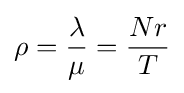
\rho ={\frac {\lambda }{\mu }}={\frac {Nr}{T}}